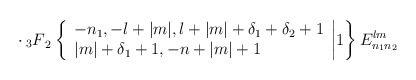
\begin{align*}\cdot \> {_3F}_2 \left\{\begin{array}{l}-n_1, -l+|m|, l+|m|+\delta_1+\delta_2+1 \\|m|+\delta_1+1, -n+|m|+1 \\\end{array}\biggr| 1 \right\} E_{n_1 n_2}^{lm}\end{align*}